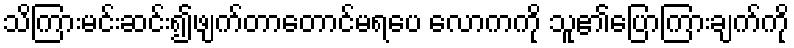
သိကြားမင်းဆင်း၍ဖျက်တာတောင်မရပေ လောကကို သူ၏ပြောကြားချက်ကို